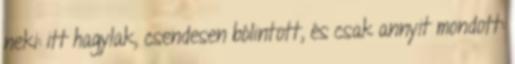
neki: itt hagylak, csendesen bólintott, és csak annyit mondott: